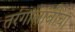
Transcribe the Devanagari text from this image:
तरंगालांबीचा